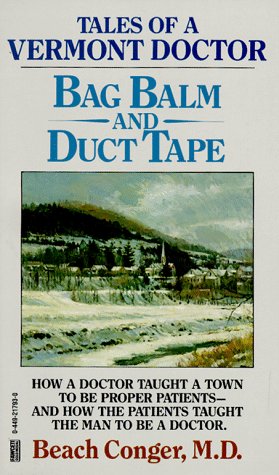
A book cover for Bag Balm and Duct Tape; Beach Conger M.D.; Humor & Entertainment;